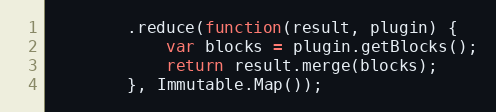
Language: JavaScript
        .reduce(function(result, plugin) {
            var blocks = plugin.getBlocks();
            return result.merge(blocks);
        }, Immutable.Map());